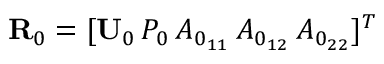
{ \bf R } _ { 0 } = [ { \bf U } _ { 0 } \, P _ { 0 } \, A _ { 0 _ { 1 1 } } \, A _ { 0 _ { 1 2 } } \, A _ { 0 _ { 2 2 } } ] ^ { T }